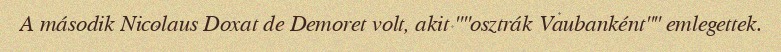
A második Nicolaus Doxat de Demoret volt, akit ""osztrák Vaubanként"" emlegettek.